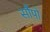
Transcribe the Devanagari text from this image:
सौंपो